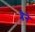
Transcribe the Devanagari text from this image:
प्लेने